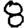
Digit: 8